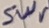
Text: sWr